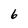
Character: 6